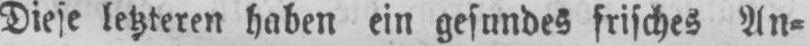
Diese letzteren haben ein gesundes frisches An⸗